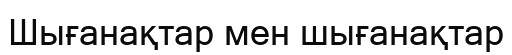
Шығанақтар мен шығанақтар